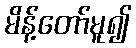
မိန့်တော်မူ၍